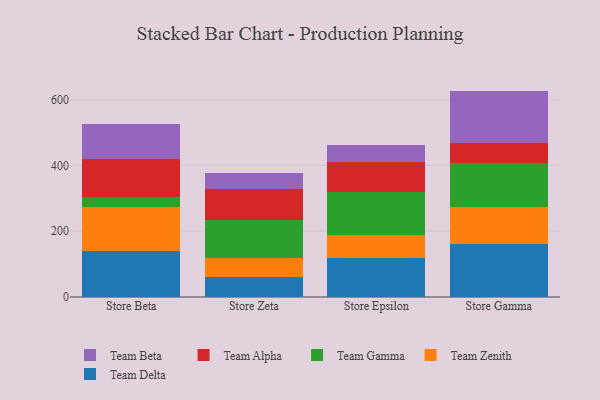
{"axis": {"x": "Store", "y": "Customer Acquisition Cost (USD)"}, "legend": ["Team Alpha", "Team Beta", "Team Delta", "Team Gamma", "Team Zenith"], "data": [{"x": "Store Beta", "y": 138.8, "type": "Team Delta"}, {"x": "Store Beta", "y": 133.8, "type": "Team Zenith"}, {"x": "Store Beta", "y": 31.4, "type": "Team Gamma"}, {"x": "Store Beta", "y": 115.7, "type": "Team Alpha"}, {"x": "Store Beta", "y": 106.2, "type": "Team Beta"}, {"x": "Store Zeta", "y": 60.1, "type": "Team Delta"}, {"x": "Store Zeta", "y": 57.2, "type": "Team Zenith"}, {"x": "Store Zeta", "y": 117.0, "type": "Team Gamma"}, {"x": "Store Zeta", "y": 93.5, "type": "Team Alpha"}, {"x": "Store Zeta", "y": 50.6, "type": "Team Beta"}, {"x": "Store Epsilon", "y": 118.7, "type": "Team Delta"}, {"x": "Store Epsilon", "y": 69.3, "type": "Team Zenith"}, {"x": "Store Epsilon", "y": 130.7, "type": "Team Gamma"}, {"x": "Store Epsilon", "y": 91.2, "type": "Team Alpha"}, {"x": "Store Epsilon", "y": 53.6, "type": "Team Beta"}, {"x": "Store Gamma", "y": 160.1, "type": "Team Delta"}, {"x": "Store Gamma", "y": 113.8, "type": "Team Zenith"}, {"x": "Store Gamma", "y": 132.4, "type": "Team Gamma"}, {"x": "Store Gamma", "y": 61.3, "type": "Team Alpha"}, {"x": "Store Gamma", "y": 159.1, "type": "Team Beta"}]}